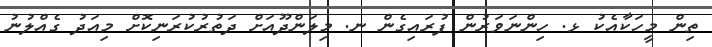
ތިން މީހަކާއެކު ޅ. ހިންނަވަރުން ފުރައިގެން ނ. މިލަންދޫއަށް ދަތުރުކުރަނިކޮށް މިއަދު ގެއްލުނު